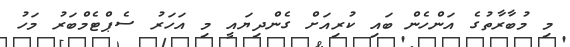
މި މުބާރާތުގެ އަންހެން ބައި ކުރިއަށް ގެންދިޔައީ މި އަހަރު ސެޕްޓެމްބަރު މަހު